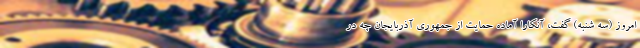
امروز (سه شنبه) گفت، آنکارا آماده حمایت از جمهوری آذربایجان چه در